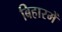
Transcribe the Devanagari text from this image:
बिहारमें